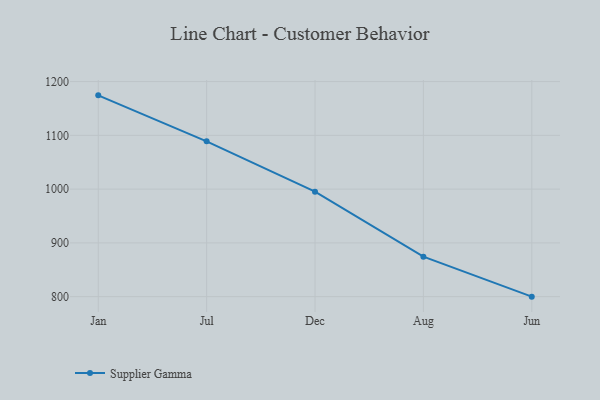
{"axis": {"x": "Month", "y": "Population (Million)"}, "legend": ["Supplier Gamma"], "data": [{"x": "Jan", "y": 1174.4, "type": "Supplier Gamma"}, {"x": "Jul", "y": 1088.9, "type": "Supplier Gamma"}, {"x": "Dec", "y": 995.3, "type": "Supplier Gamma"}, {"x": "Aug", "y": 874.3, "type": "Supplier Gamma"}, {"x": "Jun", "y": 800, "type": "Supplier Gamma"}]}